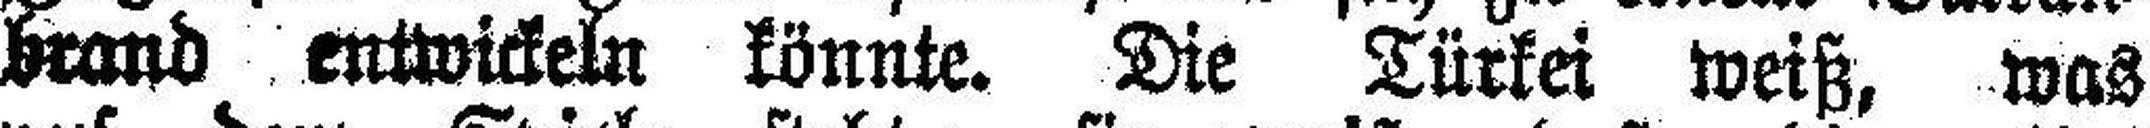
brand entwickeln könnte. Die Türkei weiß, was